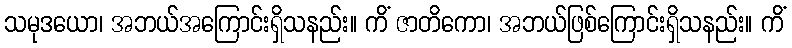
သမုဒယော၊ အဘယ်အကြောင်းရှိသနည်း။ ကိံ ဇာတိကော၊ အဘယ်ဖြစ်ကြောင်းရှိသနည်း။ ကိံ